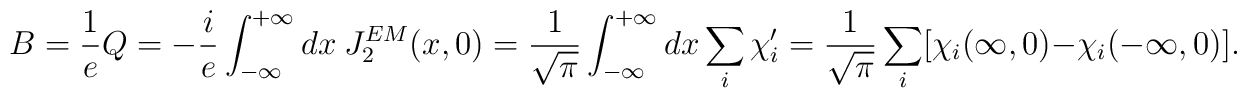
B=\frac{1}{e}Q=-\frac{i}{e}\int_{-\infty}^{+\infty} dx~J^{EM}_2(x,0)=\frac{1}{\sqrt{\pi}}\int_{-\infty}^{+\infty}dx\sum_i\chi'_i=\frac{1}{\sqrt{\pi}}\sum_i[\chi_i(\infty,0)-\chi_i(-\infty,0)].